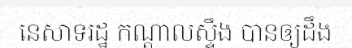
នេសាទរដ្ឋ កណ្តាលស្ទឹង បានឲ្យដឹង